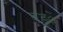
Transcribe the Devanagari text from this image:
बङ्ें